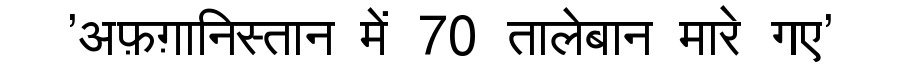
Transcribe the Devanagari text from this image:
'अफ़ग़ानिस्तान में 70 तालेबान मारे गए'